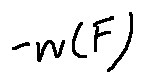
- w ( F )